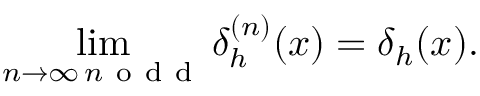
\operatorname* { l i m } _ { \substack { n \rightarrow \infty \, n \mathrm { ~ o ~ d ~ d ~ } } } \delta _ { h } ^ { ( n ) } ( x ) = \delta _ { h } ( x ) .